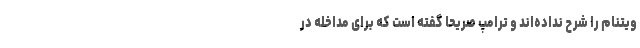
ویتنام را شرح نداده‌اند و ترامپ صریحا گفته است که برای مداخله در